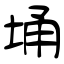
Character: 埇